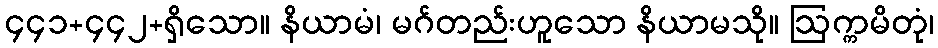
၄၄၁+၄၄၂+ရှိသော။ နိယာမံ၊ မဂ်တည်းဟူသော နိယာမသို။ ဩက္ကမိတုံ၊